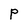
Character: P